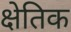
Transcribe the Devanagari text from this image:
क्षेतिक